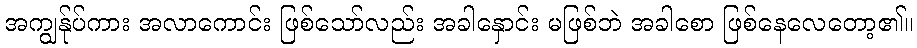
အကျွန်ုပ်ကား အလာကောင်း ဖြစ်သော်လည်း အခါနှောင်း မဖြစ်ဘဲ အခါစော ဖြစ်နေလေတော့၏။